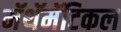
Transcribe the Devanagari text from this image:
मॅथॅमॅटिकल